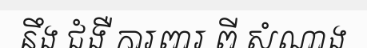
នឹង ជំងឺ ការពារ ពី សំណាង